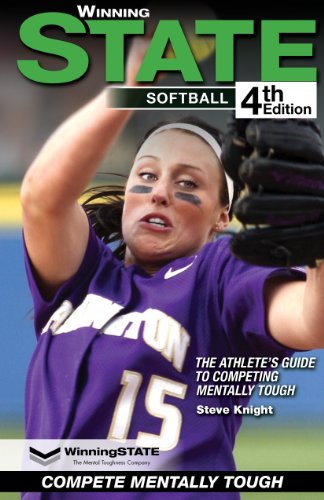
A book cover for WinningSTATE Softball: The Athlete's Guide to Competing Mentally Tough (4th Edition); Steve Knight; Sports & Outdoors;